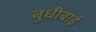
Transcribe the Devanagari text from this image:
बुधीबाई